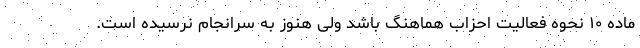
ماده ۱۰ نحوه فعالیت احزاب هماهنگ باشد ولی هنوز به سرانجام نرسیده است.